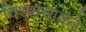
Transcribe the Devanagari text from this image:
विश्वासातले